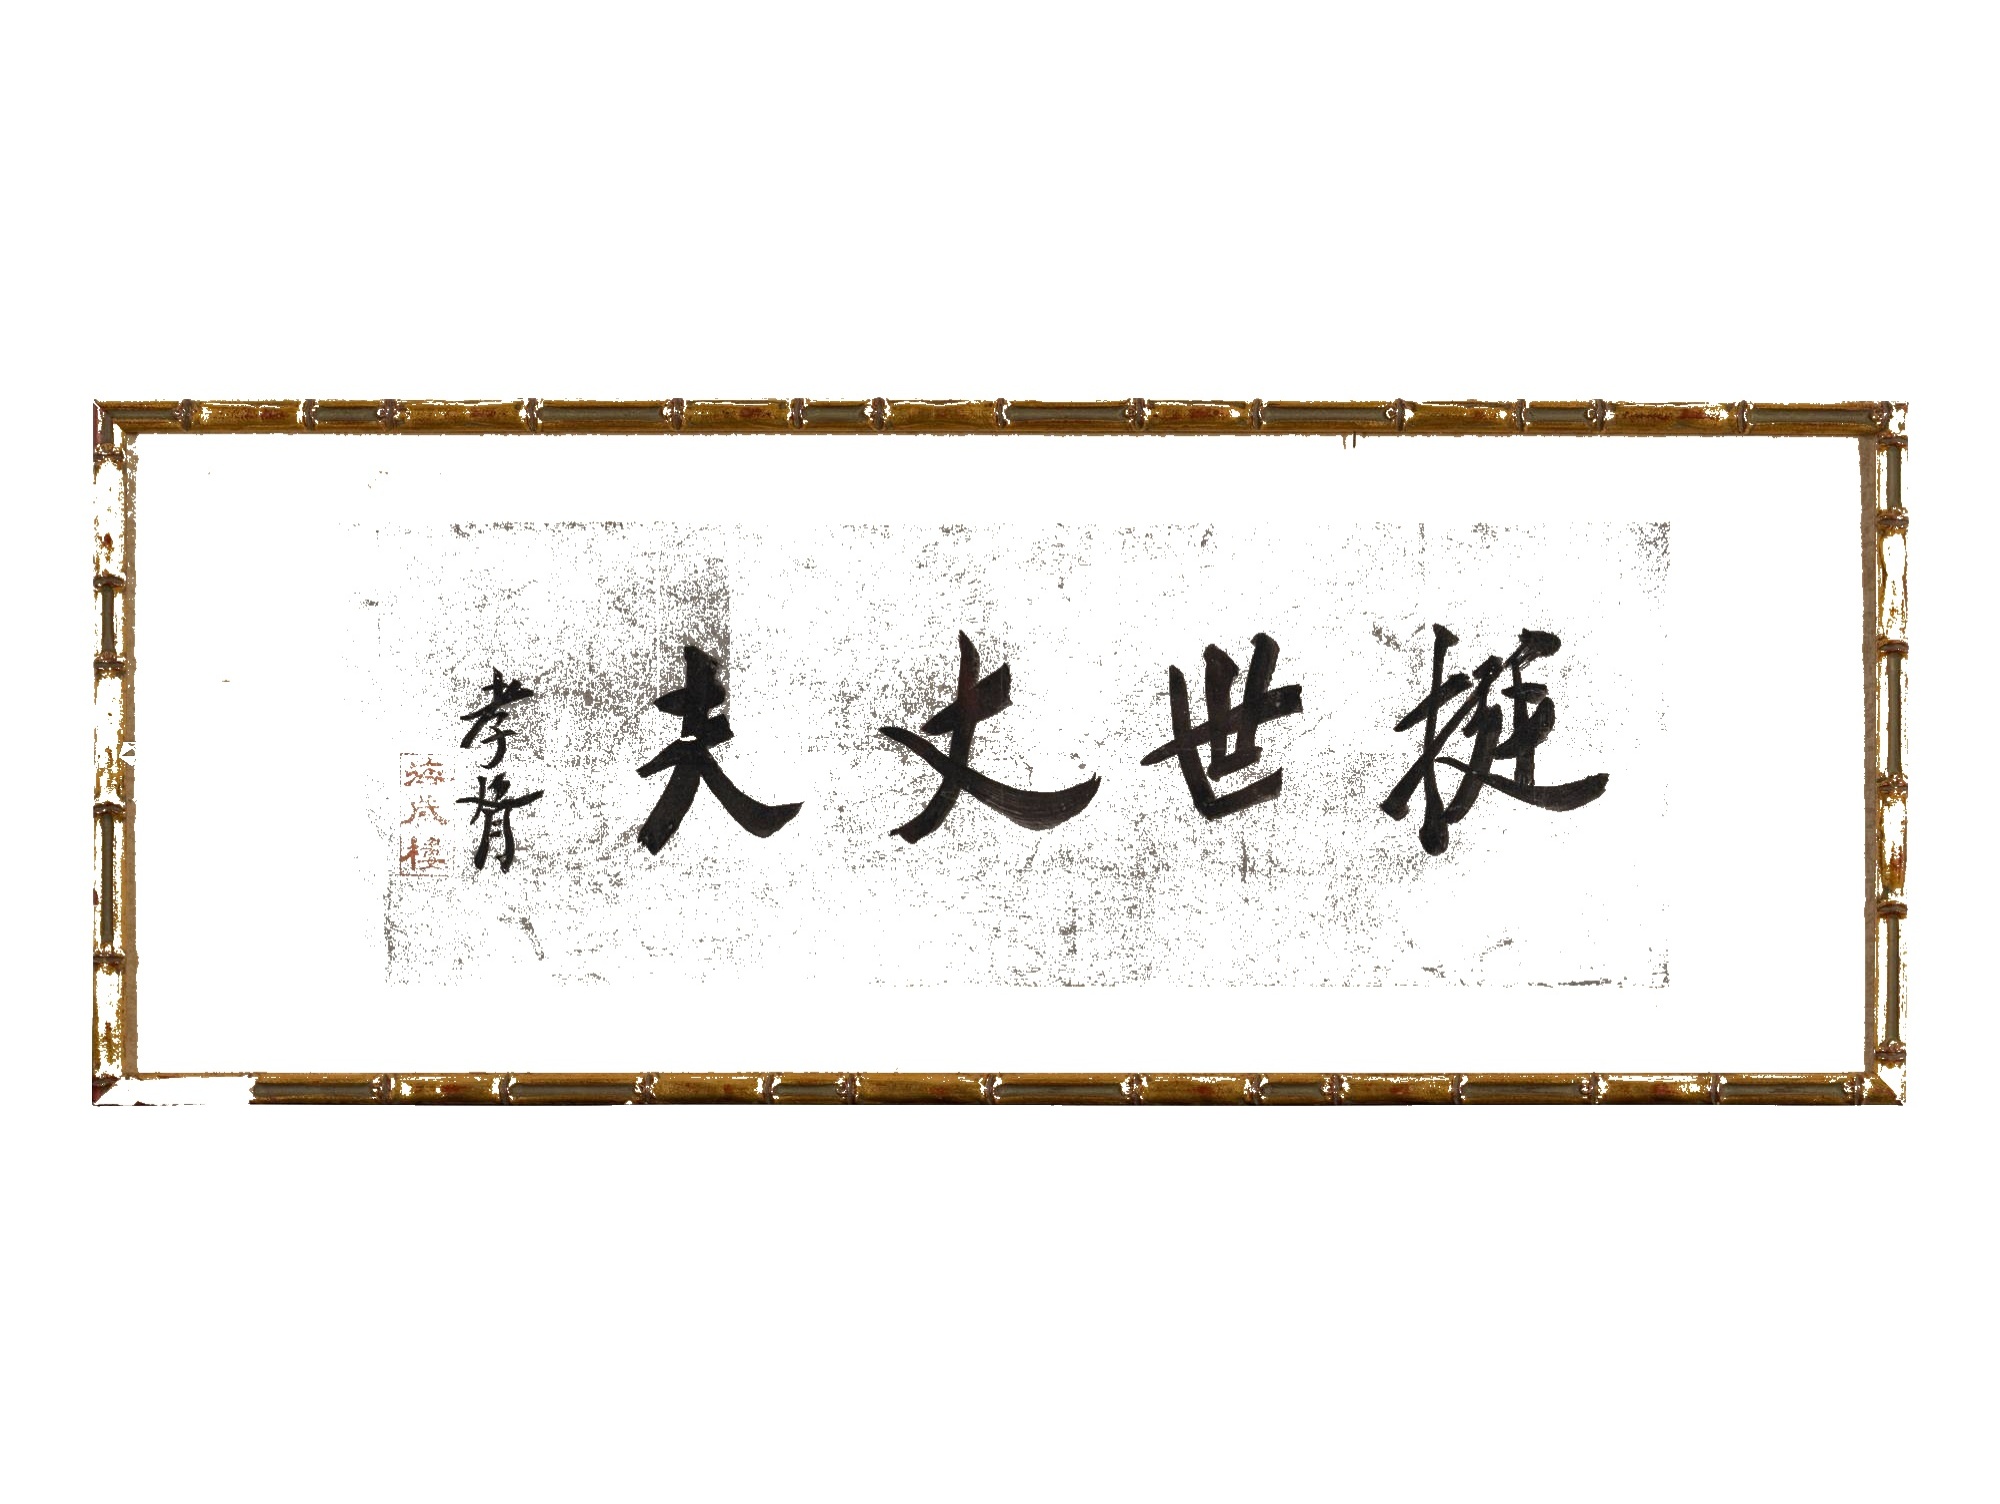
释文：挺世丈夫郑孝胥